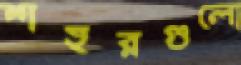
শহরগুলো